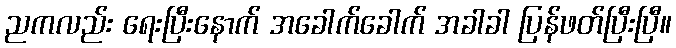
ညကလည်း ရေးပြီးနောက် အခေါက်ခေါက် အခါခါ ပြန်ဖတ်ပြီးပြီ။